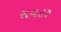
રાવટર